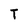
Character: T